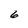
Character: 6